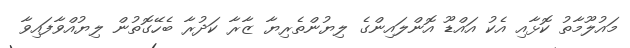
މައުލޫމާތު ކޮޅާއި އެކު އައްޑޫ އޮންލައިންގެ ލިޔުންތެރިޔާ ޒާރާ ކަދުރާ ބެހޭގޮތުން ލިޔުއްވާފައިވާ